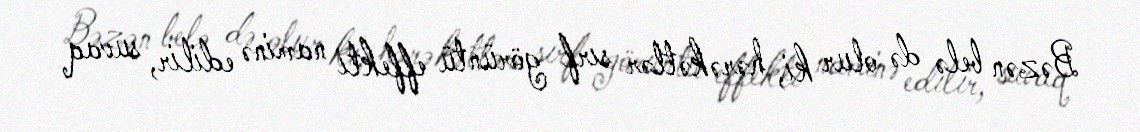
Bəzən belə də olur ki, hərəkətlər sırf görüntü effekti naminə edilir, suvaq